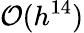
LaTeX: \mathcal{O}(h^{14})